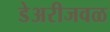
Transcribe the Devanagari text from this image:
डेअरीजवळ